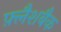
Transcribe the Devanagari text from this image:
फ़्लैशबैक